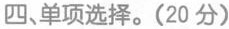
四、单项选择.(20 分)